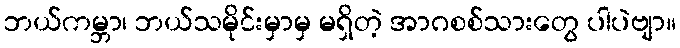
ဘယ်ကမ္ဘာ၊ ဘယ်သမိုင်းမှာမှ မရှိတဲ့ အာဂစစ်သားတွေ ပါပဲဗျာ။